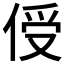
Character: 𪝈